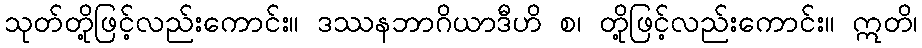
သုတ်တို့ဖြင့်လည်းကောင်း။ ဒဿနဘာဂိယာဒီဟိ စ၊ တို့ဖြင့်လည်းကောင်း။ ဣတိ၊